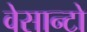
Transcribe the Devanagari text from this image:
वेसान्टो